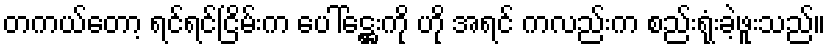
တကယ်တော့ ရင်ရင်ငြိမ်းက ပေါ်ဋ္ဌေးကို ဟို အရင် ကလည်းက စည်းရုံးခဲ့ဖူးသည်။